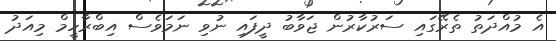
އެ މުއްދަތު ތެރޭގައި ސަރުކާރުން ޖަވާބު ދީފައި ނުވި ނަމަވެސް އިބްރާހީމް މިއަދު